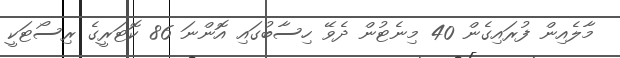
މާލެއިން ފުރައިގެން 40 މިނެޓުން ދެވޭ ހިސާބުގައި އޮންނަ 86 ކޮޓަރީގެ ރިސޯޓަކީ